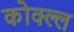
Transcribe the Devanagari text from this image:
कोक्ल्ल